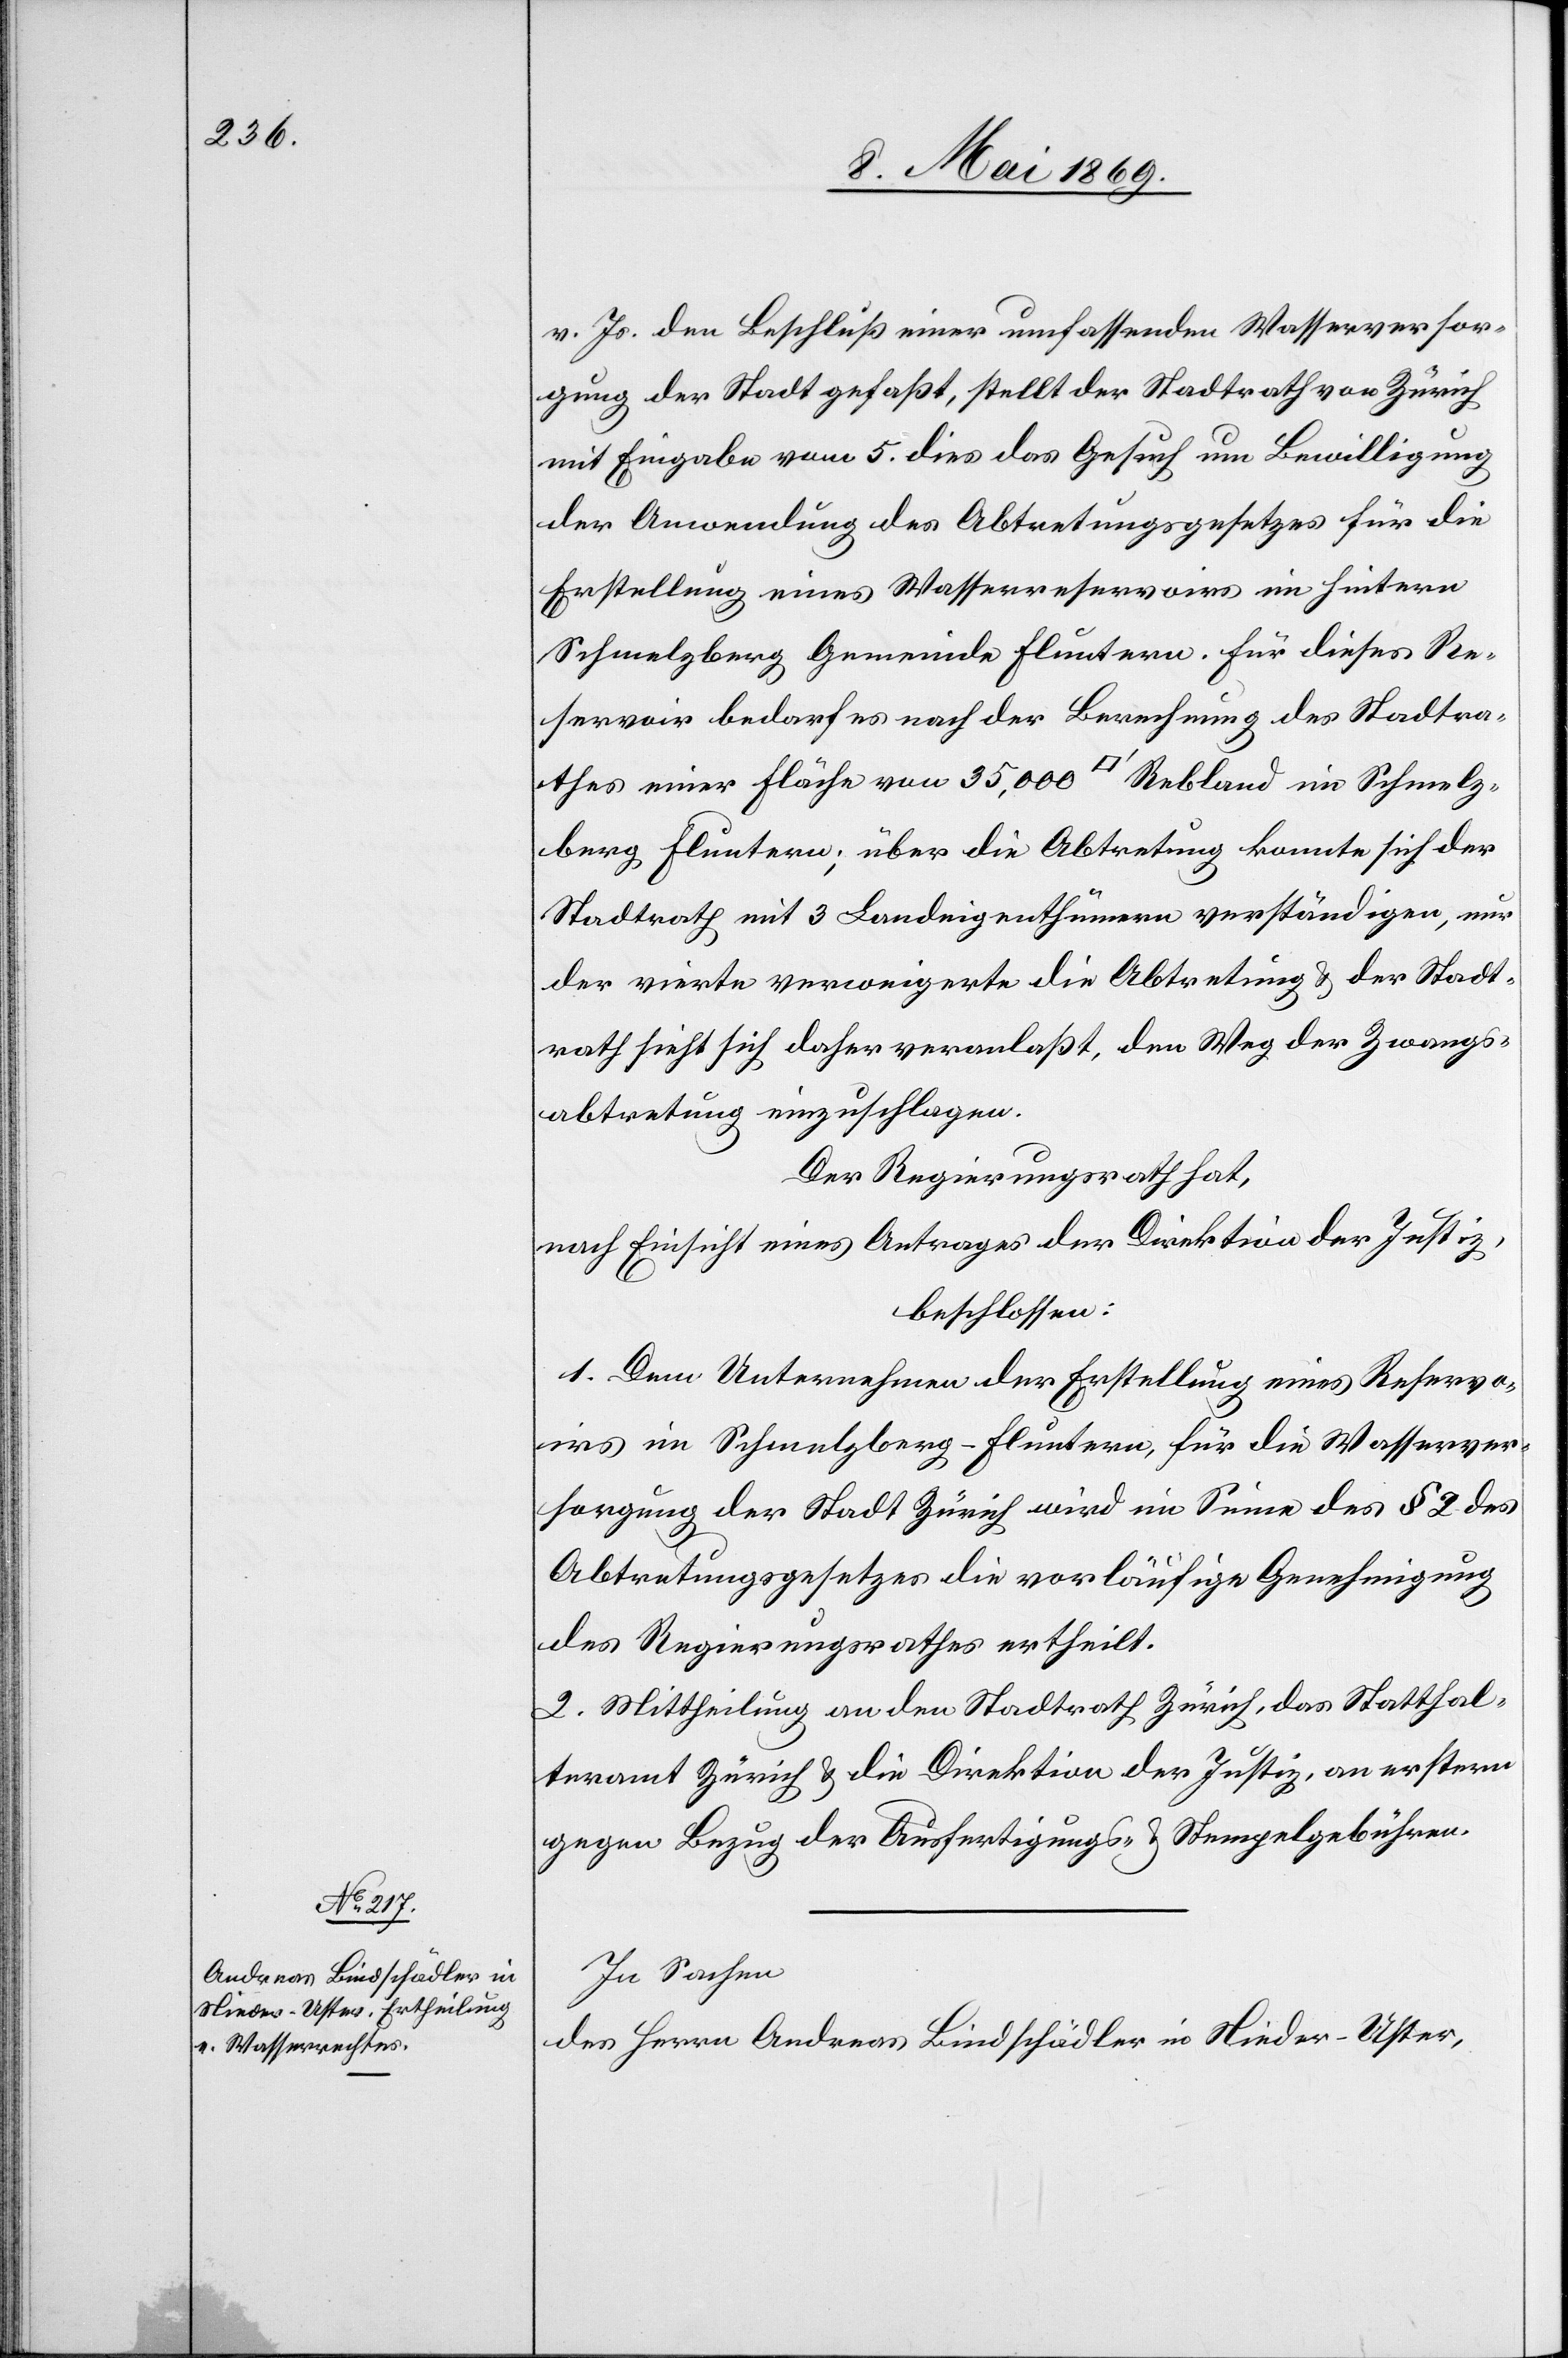
v. Js. den Beschluß einer umfassenden Wasserversor¬
gung der Stadt gefaßt, stellt der Stadtrath von Zürich
mit Eingabe vom 5. dies das Gesuch um Bewilligung
der Anordnung des Abtretungsgesetzes für die
Erstellung eines Wasserreservoirs im hintern
Schmelzberg Gemeinde Fluntern. Für dieses Re¬
servoir bedarf es nach der Berechnung des Stadtra¬
thes einer Fläche von 35,000 [Quadratfuss] Rebland im Schmelz¬
berg Fluntern; über die Abtretung konnte sich der
Stadtrath mit 3 Landeigenthümern verständigen, nur
der vierte verweigerte die Abtretung u. der Stadt¬
rath sieht sich daher veranlaßt, den Weg der Zwangs¬
abtretung einzuschlagen.
Der Regierungsrath hat,
nach Einsicht eines Antrages der Direktion der Justiz,
beschlossen:
1. Dem Unternehmen der Erstellung eines Reservo¬
irs im Schmelzberg-Fluntern, für die Wasserver¬
sorgung der Stadt Zürich wird im Sinne des § 2 des
Abtretungsgesetzes die vorläufige Genehmigung
des Regierungsrathes ertheilt.
2. Mittheilung an den Stadtrath Zürich, das Statthal¬
teramt Zürich u. die Direktion der Justiz, an erstern
gegen Bezug der Ausfertigungs- u. Stempelgebühren.
In Sachen
des Herrn Andreas Bindschädler in Nieder-Uster,